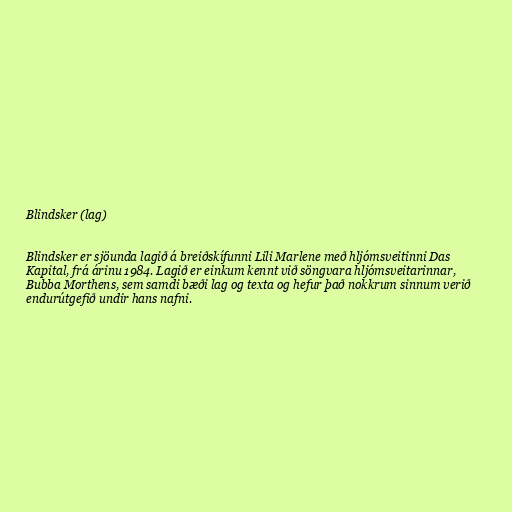
Blindsker (lag)

Blindsker er sjöunda lagið á breiðskífunni Lili Marlene með hljómsveitinni Das
Kapital, frá árinu 1984. Lagið er einkum kennt við söngvara hljómsveitarinnar,
Bubba Morthens, sem samdi bæði lag og texta og hefur það nokkrum sinnum verið
endurútgefið undir hans nafni.